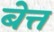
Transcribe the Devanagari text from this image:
बेत्त